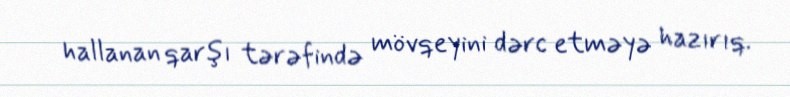
hallanan qarşı tərəfində mövqeyini dərc etməyə hazırıq.